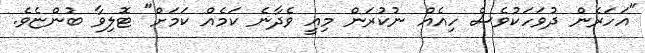
"އަހަރެން ދުވަހަކުވެސް ހިއެއް ނުކުރަން މިއީ ވެދާނެ ކަމެއް ކަމަށް" ޓޮލިވާ ބުންޏެވެ.